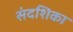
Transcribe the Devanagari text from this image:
संदशिका